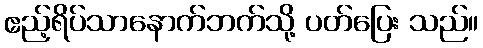
ဧည့်ရိပ်သာနောက်ဘက်သို့ ပတ်ပြေး သည်။